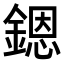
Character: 𨪜